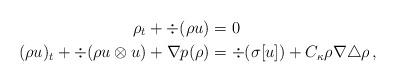
LaTeX: \begin{align*} \rho_t + \div(\rho u) &=0\\ (\rho u)_t + \div (\rho u \otimes u) + \nabla p(\rho) &= \div(\sigma[ u]) + C_\kappa \rho \nabla \triangle \rho\, , \end{align*}